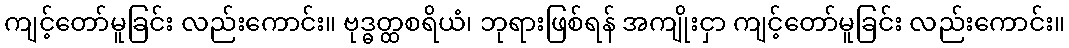
ကျင့်တော်မူခြင်း လည်းကောင်း။ ဗုဒ္ဓတ္ထစရိယံ၊ ဘုရားဖြစ်ရန် အကျိုးငှာ ကျင့်တော်မူခြင်း လည်းကောင်း။